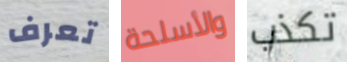
تعرف والأسلحة تكذب